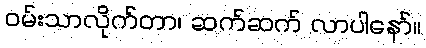
ဝမ်းသာလိုက်တာ၊ ဆက်ဆက် လာပါနော်။